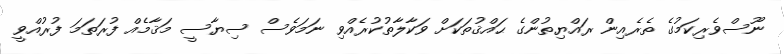
ނޫސްވެރިކަމުގެ ތެރެއިން ރައްޔިތުންގެ ޙައްޤުތަކަށް ވަކާލާތުކުރެއްވި ނަމަވެސް ސިޔާސީ މަޤާމެއް ފުރަތަމަ ފުރުއްވީ